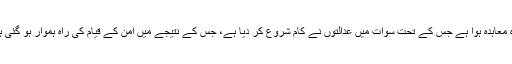
اس لیے مولانا صوفی محمد اور صوبہ سر حد کی حکومت کے درمیان با قاعدہ معاہدہ ہوا ہے جس کے تحت سوات میں عدالتوں نے کام شروع کر دیا ہے، جس کے نتیجے میں امن کے قیام کی راہ ہموار ہو گئی ہے اور سوات کے عوام کی معمول کی زندگی بحال ہوتی دکھائی دے رہی ہے۔